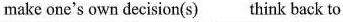
make one's own decision(s) think back to